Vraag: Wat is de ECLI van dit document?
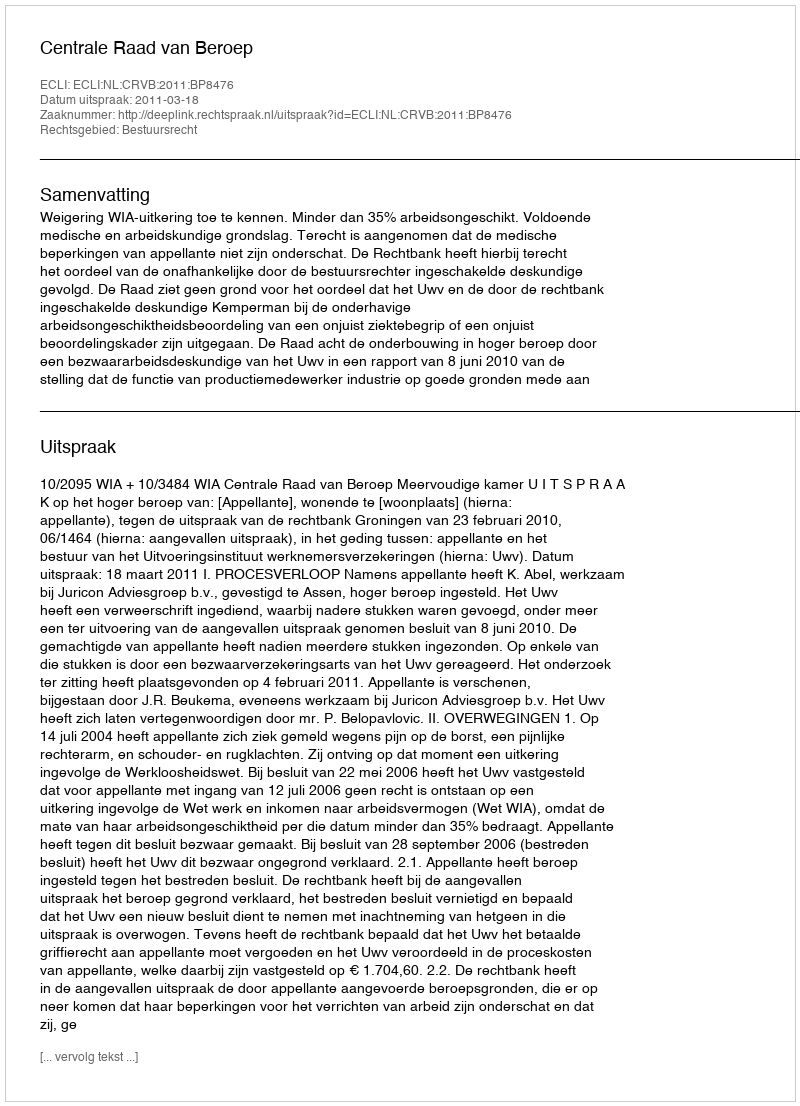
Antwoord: ECLI:NL:CRVB:2011:BP8476